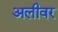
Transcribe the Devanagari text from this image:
अलीवर